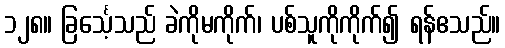
၁၂၈။ ခြင်္သေ့သည် ခဲကိုမကိုက်၊ ပစ်သူကိုကိုက်၍ ရန်ဧသည်။